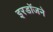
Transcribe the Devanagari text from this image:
इरडॉजने